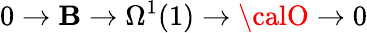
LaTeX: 0\rightarrow{\cal\mathbf{B}}\rightarrow\Omega^{1}(1)\rightarrow{\calO}\rightarrow0